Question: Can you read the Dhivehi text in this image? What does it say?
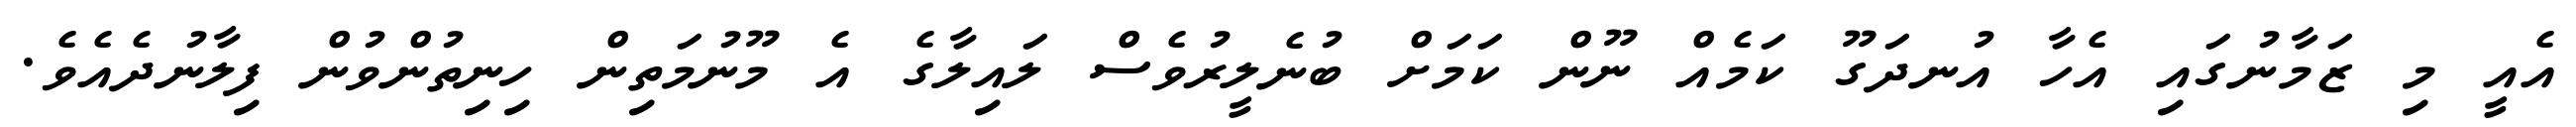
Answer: އެއީ މި ޒަމާނުގައި އެހާ އުނދަގޫ ކަމެއް ނޫން ކަމަށް ބުނެލީރުވެސް ލައިލާގެ އެ މޫނުމަތިން ހިނިތުންވުން ފިލާނުދެއެވެ.